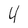
Character: 4